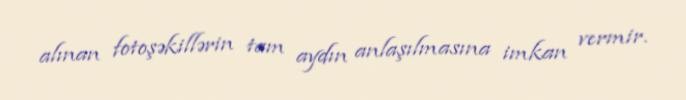
alınan fotoşəkillərin tam aydın anlaşılmasına imkan vermir.